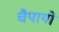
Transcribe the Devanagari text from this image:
चैपायों